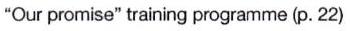
"Our promise" training programme (p. 22)